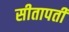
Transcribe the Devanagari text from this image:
सीतापती